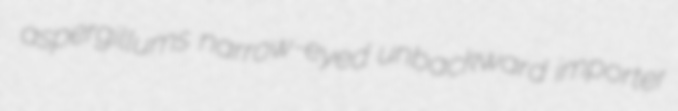
aspergillums narrow-eyed unbackward importer